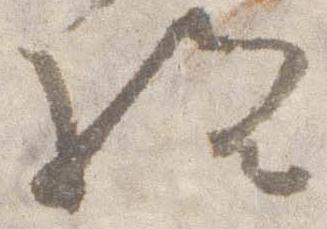
給